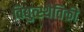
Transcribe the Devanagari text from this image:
विद्युत्स्थैतिकी